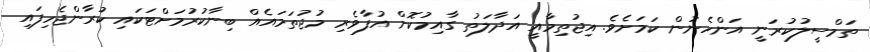
ތަމްސީލުކުރަނީ އަންހެނުން ކަމަށެވެ. އިޖުތިމާއީ އަދާލަތު ގާއިމުކޮށް އުފާވެރި މުޖުތަމައެއް ބިނާކުރުމަށްޓަކައި ކުރާންޖެހިފައި